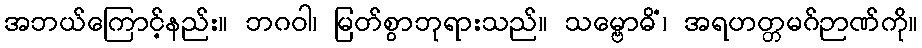
အဘယ်ကြောင့်နည်း။ ဘဂဝါ၊ မြတ်စွာဘုရားသည်။ သမ္ဗောဓိံ၊ အရဟတ္တမဂ်ဉာဏ်ကို။